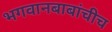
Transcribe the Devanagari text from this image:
भगवानबाबांचीच